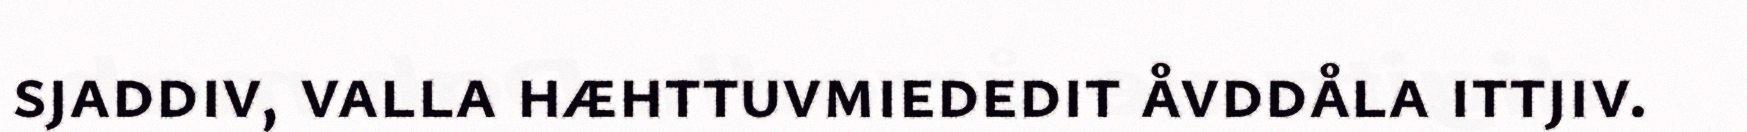
sjaddiv, valla hæhttuvmiededit åvddåla ittjiv.